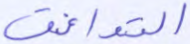
التوافق